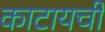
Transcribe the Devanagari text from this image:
काटायची